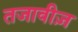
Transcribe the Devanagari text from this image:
तजावीज़